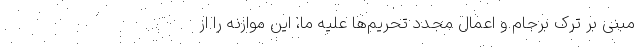
مبنی بر ترک برجام و اعمال مجدد تحریم‌ها علیه ما، این موازنه را از